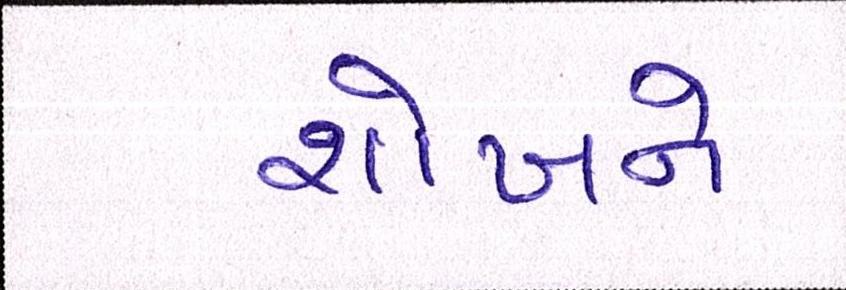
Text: શોખને